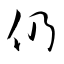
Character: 仍